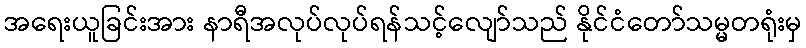
အရေးယူခြင်းအား နာရီအလုပ်လုပ်ရန်သင့်လျော်သည် နိုင်ငံတော်သမ္မတရုံးမှ